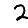
Digit: 2